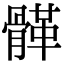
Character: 𩩸